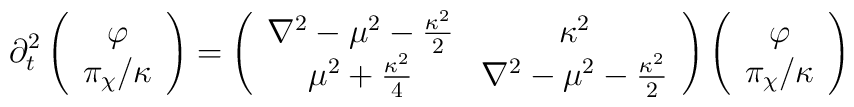
\partial_t^2 \left( \begin{array}{c}\varphi \\ {\pi_\chi/\kappa}  \end{array} \right)= \left(\begin{array}{cc} \nabla^2 -\mu^2-{\kappa^2\over2}& \kappa^2\\ \mu^2+{\kappa^2\over4} & \nabla^2 -\mu^2-{\kappa^2\over2} \end{array} \right)\left( \begin{array}{c}\varphi \\ {\pi_\chi/\kappa}  \end{array} \right)